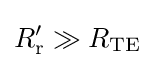
R_{\text{r}}'\gg R_{\text{TE}}